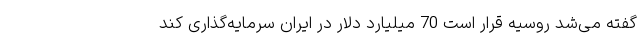
گفته می‌شد روسیه قرار است 70 میلیارد دلار در ایران سرمایه‌گذاری کند